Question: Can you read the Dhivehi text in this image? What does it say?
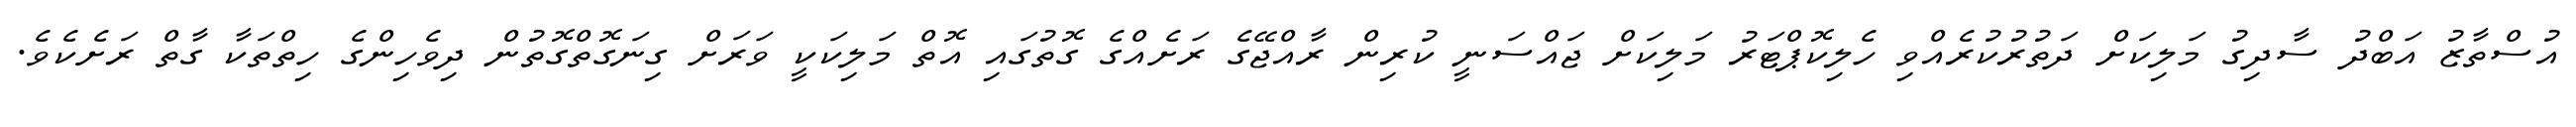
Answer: އުސްތާޒު އަބްދު ސާދިގު މަލިކަށް ދަތުރުކުރެއްވި ހެލިކޮޕްޓަރު މަލިކަށް ޖައްސަނީ ކުރިން ރާއްޖޭގެ ރަށެއްގެ ގޮތުގައި އޮތް މަލިކަކީ ވަރަށް ގިނަގޮތްގޮތުން ދިވެހިންގެ ހިތްތަކާ ގާތް ރަށެކެވެ.